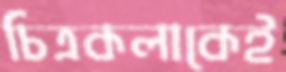
চিত্রকলাকেই